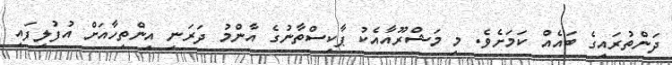
ދަންތުރައިގެ ބައެއް ކަމަށެވެ. މި މަޝްރޫއާއެކު ޕާކިސްތާނުގެ އާންމު ދަރަނި އިންތިހާއަށް އުފުލިފައި